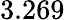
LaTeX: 3.269